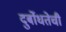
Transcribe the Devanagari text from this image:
दुर्बोधतेची